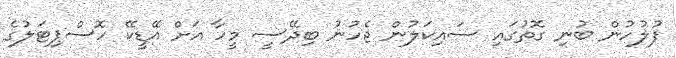
ފުލުހުން ބުނި ގޮތުގައި ސައިކަލުން ޖެހުނު ބިދޭސީ މީހާ އަށް އޭޑީކޭ ހޮސްޕިޓަލުގެ